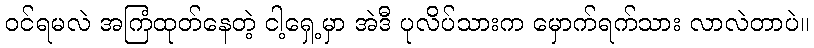
ဝင်ရမလဲ အကြံထုတ်နေတဲ့ ငါ့ရှေ့မှာ အဲဒီ ပုလိပ်သားက မှောက်ရက်သား လာလဲတာပဲ။